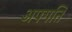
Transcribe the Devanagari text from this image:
अपगति